Annual administration report of the Civil Veterinary Department of India - 1896-1897
Year: 1896
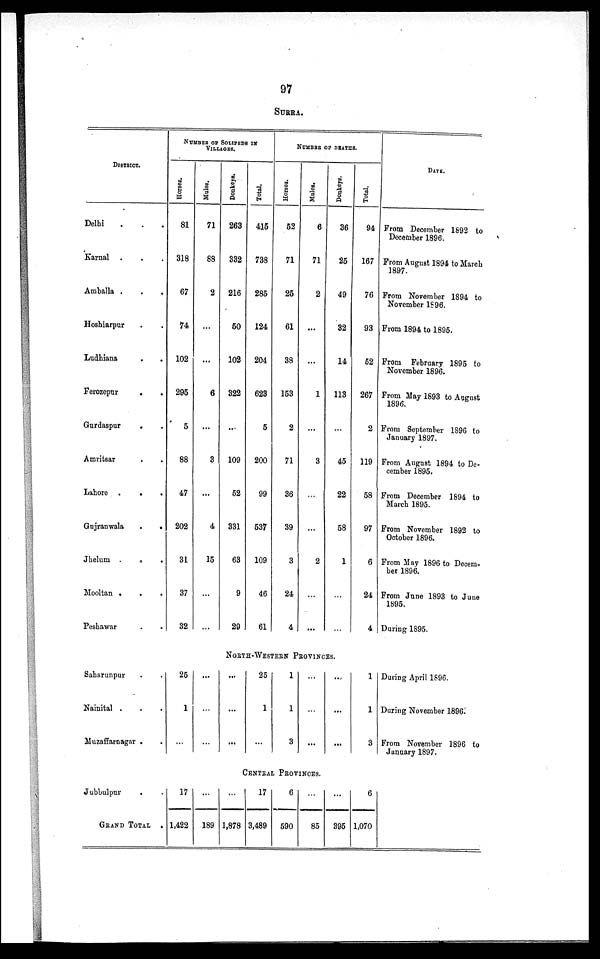
97
SURRA.
DISTRICT.
Delhi . . .
Karnal . . .
Amballa .
.
.
Hoshiarpur . .
Ludhiana . .
Ferozepur
.
.
Gurdaspur
. .
Amritsar . .
Lahore .
.
.
Gujranwala
.
.
Jhelum .
.
.
Mooltan
.
.
.
Peshawar . .
NUMBER OF SOLIPEDS IN
VILLAGES.
Horses.
81
318
67
74
102
295
5
88
47
202
31
37
32
Mules.
71
88
2
...
6
...
3
...
4
15
...
...
Donkeys.
263
332
216
50
102
322
...
109
52
331
63
9
29
Total.
415
738
285
124
204
623
5
200
99
537
109
46
61
NUMBER OF DEATHS.
Horses.
52
71
25
61
38
153
2
71
36
39
3
24
4
Mules.
6
71
2
...
1
...
3
...
...
2
...
...
Donkeys.
36
25
49
32
14
113
...
45
22
58
1
...
...
Total.
94
167
76
93
52
267
2
119
58
97
6
24
4
DATE.
From December 1892 to
December 1896.
From August 1894 to March
1897.
From November 1894 to
November 1896.
From 1894 to 1895.
From February 1895 to
November 1896.
From May 1893 to August
1896.
From September 1896 to
January 1897.
From August 1894 to De-
cember 1895.
From December 1894 to
March 1895.
From November 1892 to
October 1896.
From May 1896 to Decem-
ber 1896.
From June 1893 to June
1895.
During 1895.
NORTH-WESTERN PROVINCES.
Saharunpur . .
Nainital . . .
Muzaffarnagar . .
25
1
...
...
...
...
...
...
...
25
1
...
1
1
3
...
...
...
...
...
...
1
1
3
During April 1896.
During November 1896.
From November 1896 to
January 1897.
CENTRAL PROVINCES.
Jubbulpur . .
GRAND TOTAL .
17
1,422
...
189
...
1,878
17
3,489
6
590
...
85
...
395
6
1,070